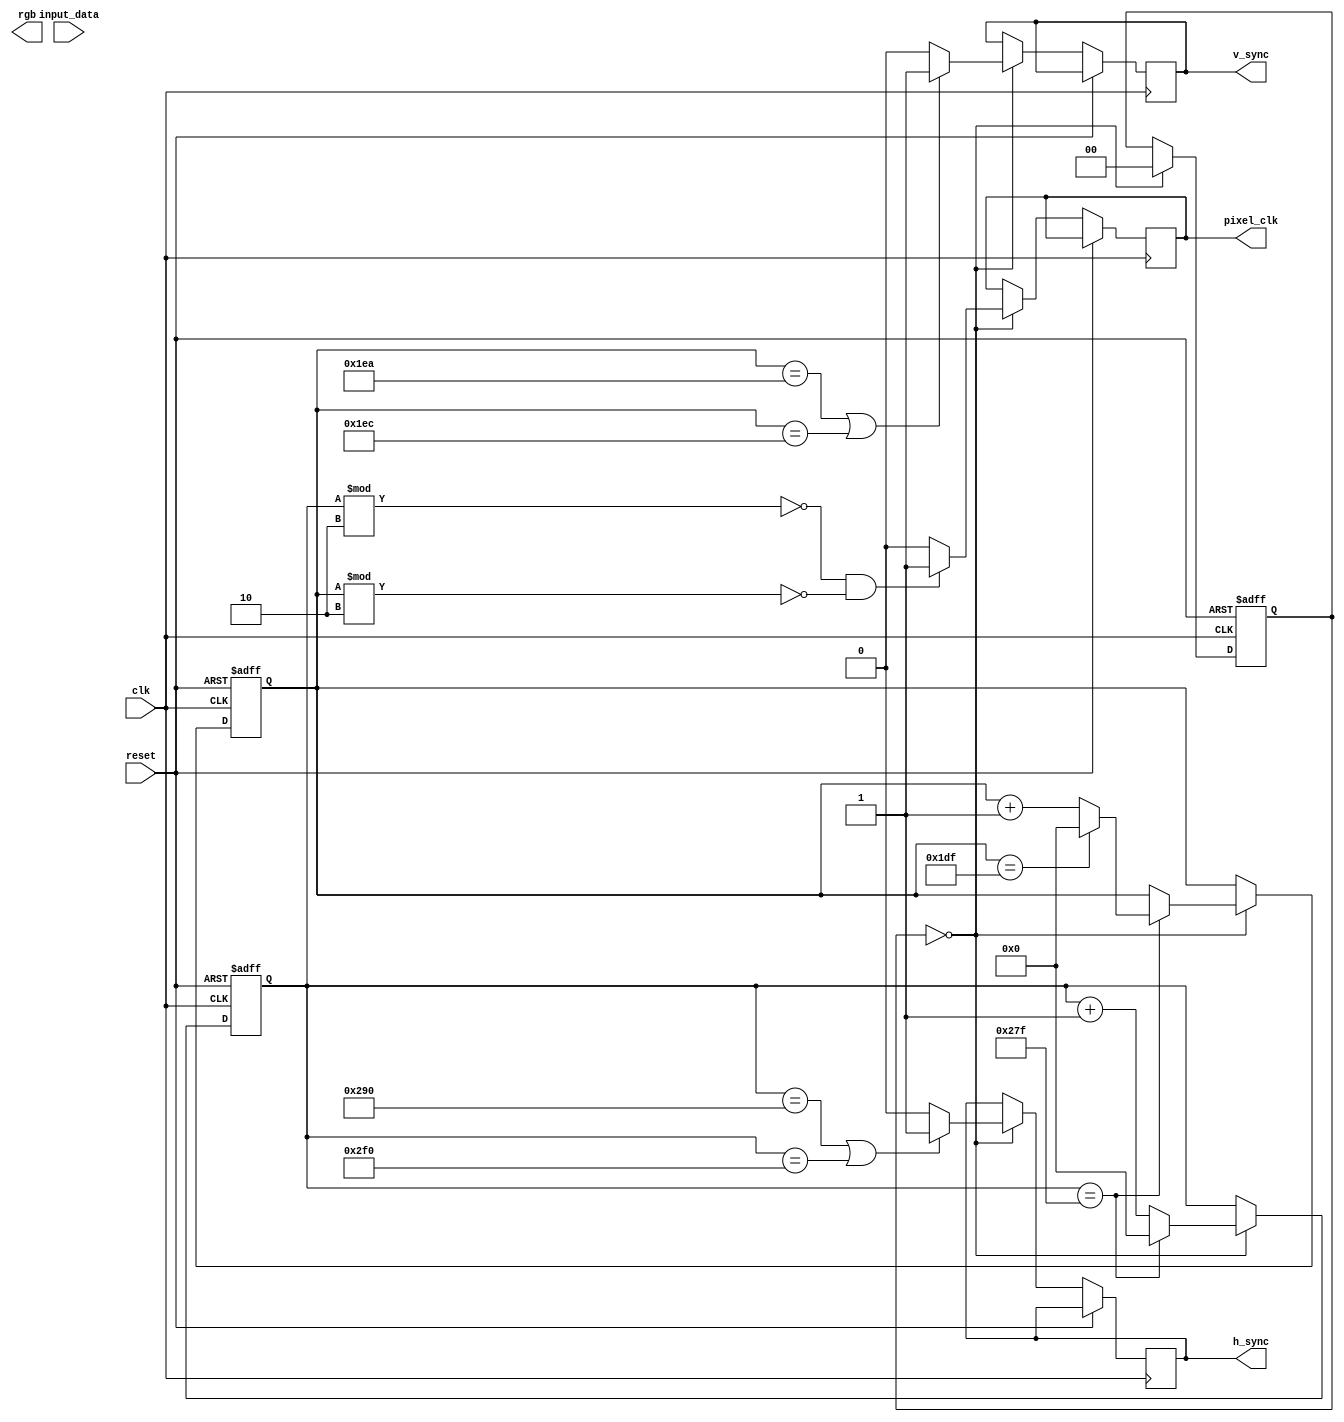
module VGAController (
  input wire clk,
  input wire reset,
  input wire [7:0] input_data,
  output wire h_sync,
  output wire v_sync,
  output wire pixel_clk,
  output reg [3:0] rgb
);

// Parameters
parameter H_RES = 640; // Horizontal resolution
parameter V_RES = 480; // Vertical resolution
parameter H_SYNC_START = 656; // Horizontal sync start
parameter H_SYNC_END = 752; // Horizontal sync end
parameter V_SYNC_START = 490; // Vertical sync start
parameter V_SYNC_END = 492; // Vertical sync end

// Internal signals
reg [9:0] h_counter;
reg [9:0] v_counter;
reg [1:0] state;

// State machine
always @ (posedge clk or posedge reset) begin
  if (reset) begin
    h_counter <= 0;
    v_counter <= 0;
    state <= 2'b00; // Initial state
  end else begin
    case (state)
      2'b00: begin // Active state
        h_counter <= h_counter + 1;
        if (h_counter == H_RES - 1) begin // End of horizontal line
          h_counter <= 0;
          v_counter <= v_counter + 1;
          if (v_counter == V_RES - 1) begin // End of vertical frame
            v_counter <= 0;
          end
        end
        if (h_counter == H_SYNC_START || h_counter == H_SYNC_END) begin
          h_sync <= 1;
        end else begin
          h_sync <= 0;
        end
        if (v_counter == V_SYNC_START || v_counter == V_SYNC_END) begin
          v_sync <= 1;
        end else begin
          v_sync <= 0;
        end
        if (h_counter % 2 == 0 && v_counter % 2 == 0) begin
          pixel_clk <= 1;
        end else begin
          pixel_clk <= 0;
        end
        state <= 2'b00;
      end
    endcase
  end
end

// Output RGB values
always @ (*) begin
  case ({h_counter[8:0], v_counter[8:0]})
    // Mapping RGB values based on pixel position
    // Add your custom RGB values for each pixel position
  endcase
end

endmodule